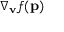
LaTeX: \nabla _ { \mathbf { v } } f ( \mathbf { p } )